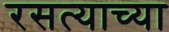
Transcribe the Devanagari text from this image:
रसत्याच्या